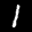
Label: 1